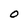
Character: o